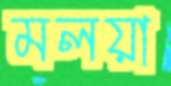
মলয়া